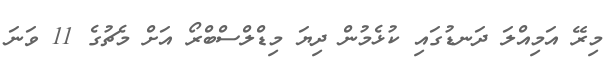
މިރޭ އަމިއްލަ ދަނޑުގައި ކުޅެމުން ދިޔަ މިޑްލްސްބްރޯ އަށް މެޗުގެ 11 ވަނަ